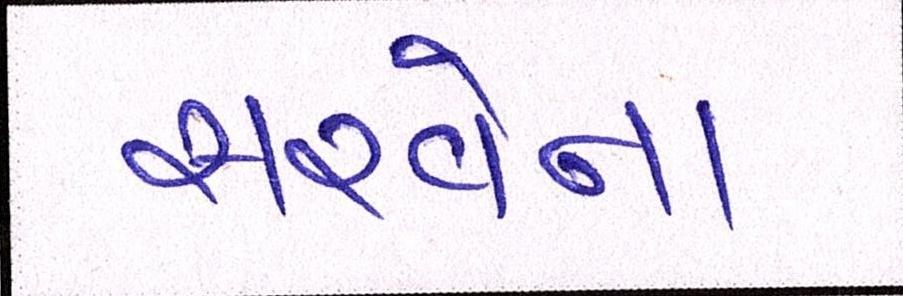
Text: સરવેના